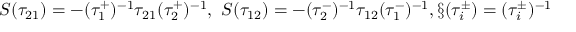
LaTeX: S ( \tau _ { 2 1 } ) = - ( \tau _ { 1 } ^ { + } ) ^ { - 1 } \tau _ { 2 1 } ( \tau _ { 2 } ^ { + } ) ^ { - 1 } , \ S ( \tau _ { 1 2 } ) = - ( \tau _ { 2 } ^ { - } ) ^ { - 1 } \tau _ { 1 2 } ( \tau _ { 1 } ^ { - } ) ^ { - 1 } , \S ( \tau _ { i } ^ { \pm } ) = ( \tau _ { i } ^ { \pm } ) ^ { - 1 }